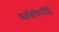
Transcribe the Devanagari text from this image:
ध्वनिफितीही